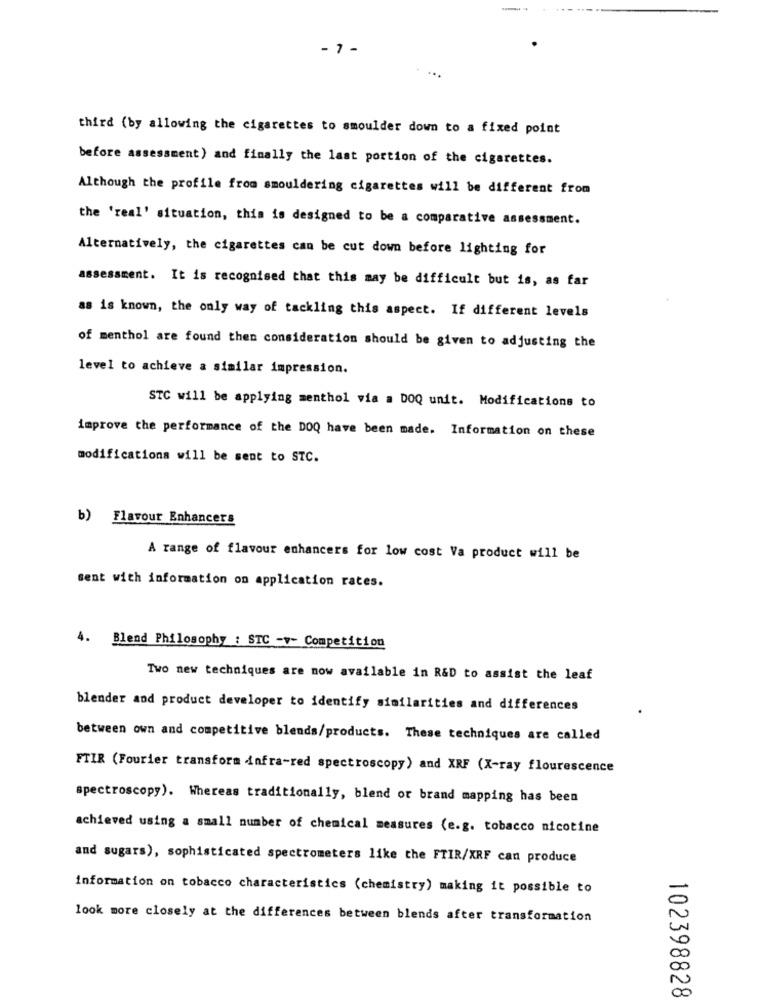
- 7 -
third (by allowing the cigarettes to smoulder down to a fixed point
before assessment) and finally the last portion of the cigarettes.
Although the profile from smouldering cigarettes will be different from
the 'real' situation, this is designed to be a comparative assessment.
Alternatively, the cigarettes can be cut down before lighting for
assessment. It is recognised that this may be difficult but is, as far
as is known, the only way of tackling this aspect. If different levels
of menthol are found then consideration should be given to adjusting the
level to achieve a similar impression.
STC will be applying menthol via a DOQ unit. Modifications to
improve the performance of the DOQ have been made. Information on these
modifications will be sent to STC.
b) Flavour Enhancers
A range of flavour enhancers for low cost Va product will be
sent with information on application rates.
4. Blend Philosophy : STC -v- Competition
Two new techniques are now available in R&D to assist the leaf
blender and product developer to identify similarities and differences
between own and competitive blends/products. These techniques are called
FTIR (Fourier transform infra-red spectroscopy) and XRF (X-ray flourescence
spectroscopy). Whereas traditionally, blend or brand mapping has been
achieved using a small number of chemical measures (e.g. tobacco nicotine
and sugars), sophisticated spectrometers like the FTIR/XRF can produce
information on tobacco characteristics (chemistry) making it possible to
-
look more closely at the differences between blends after transformation
0
v
102398828